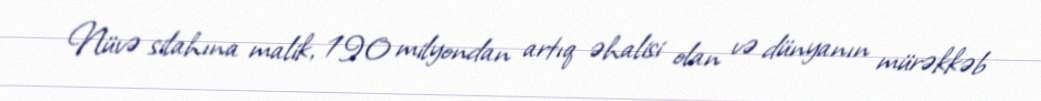
Nüvə silahına malik, 190 milyondan artıq əhalisi olan və dünyanın mürəkkəb